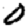
Digit: 0